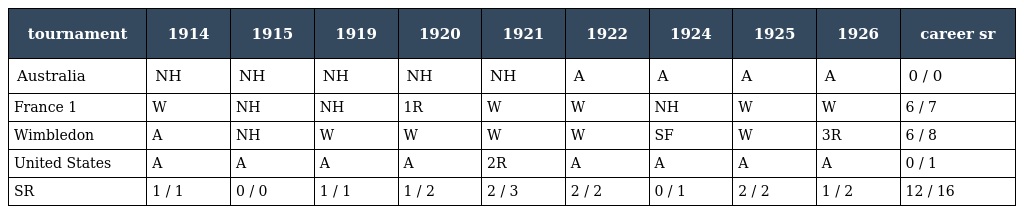
| tournament | 1914 | 1915 | 1919 | 1920 | 1921 | 1922 | 1924 | 1925 | 1926 | career sr |
 | --- | --- | --- | --- | --- | --- | --- | --- | --- | --- | --- |
 | Australia | NH | NH | NH | NH | NH | A | A | A | A | 0 / 0 |
 | France 1 | W | NH | NH | 1R | W | W | NH | W | W | 6 / 7 |
 | Wimbledon | A | NH | W | W | W | W | SF | W | 3R | 6 / 8 |
 | United States | A | A | A | A | 2R | A | A | A | A | 0 / 1 |
 | SR | 1 / 1 | 0 / 0 | 1 / 1 | 1 / 2 | 2 / 3 | 2 / 2 | 0 / 1 | 2 / 2 | 1 / 2 | 12 / 16 |